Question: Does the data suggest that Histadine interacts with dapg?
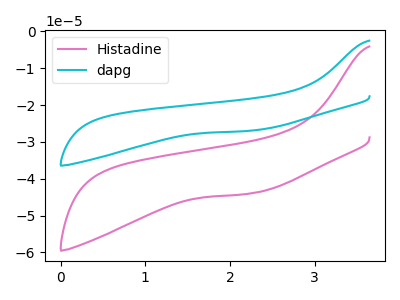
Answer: <think>The pink curve "Histadine" has no peaks. The cyan curve "dapg" has no peaks.
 Neither "Histadine" or "dapg" have any peaks.</think>
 <answer>No, "Histadine" and "dapg" don't appear to be significantly different in shape</answer>
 <eval>no_change</eval>